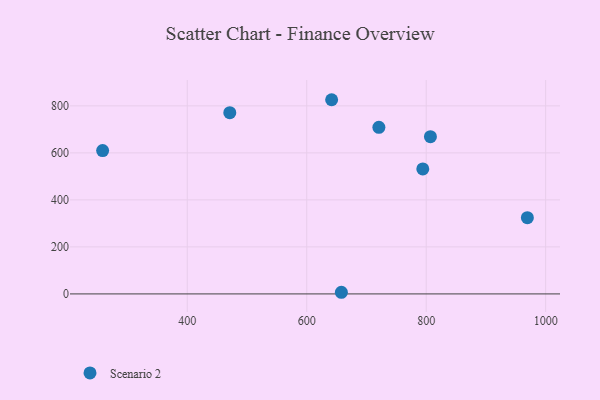
{"axis": {"x": "Ad Spend", "y": "Exam Score"}, "legend": ["Scenario 2"], "data": [{"x": "641.7", "y": 826.1, "type": "Scenario 2"}, {"x": "807.1", "y": 668.8, "type": "Scenario 2"}, {"x": "471.2", "y": 771.0, "type": "Scenario 2"}, {"x": "720.8", "y": 708.5, "type": "Scenario 2"}, {"x": "658.0", "y": 7.0, "type": "Scenario 2"}, {"x": "969.4", "y": 324.2, "type": "Scenario 2"}, {"x": "794.3", "y": 531.8, "type": "Scenario 2"}, {"x": "258.3", "y": 609.9, "type": "Scenario 2"}]}